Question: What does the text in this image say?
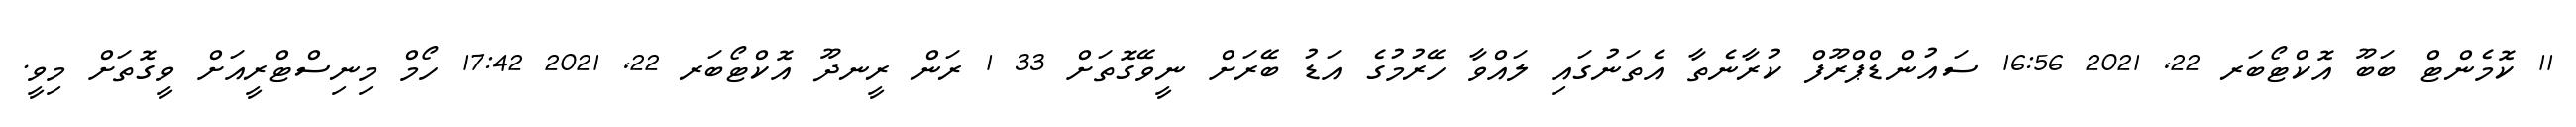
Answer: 11 ކޮމެންޓް ބަބޫ އޮކްޓޯބަރ 22, 2021 16:56 ސައުންޑްޕްރޫފް ކުރާނެތާ އެތަނުގައި ލައްވާ ހޭރުމުގެ އަޑު ބޭރަށް ނީވޭގޮތަށް 33 1 ރަން ރީނދޫ އޮކްޓޯބަރ 22, 2021 17:42 ހޯމް މިނިސްޓްރީއަށް ވީގޮތަށް މިވީ.